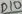
Text: D10